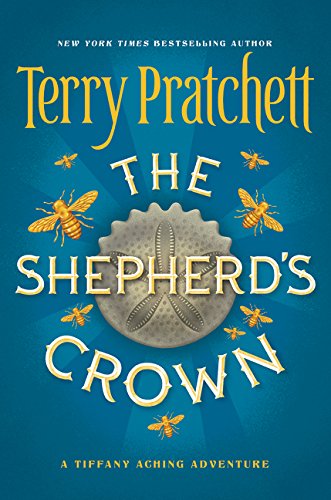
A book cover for The Shepherd's Crown (Tiffany Aching); Terry Pratchett; Science Fiction & Fantasy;